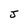
Character: J